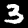
Label: 3